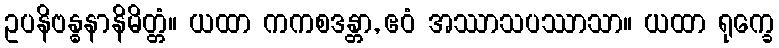
ဥပနိဗန္ဓနာနိမိတ္တံ။ ယထာ ကကစဒန္တာ, ဧဝံ အဿာသပဿာသာ။ ယထာ ရုက္ခေ